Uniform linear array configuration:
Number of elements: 4
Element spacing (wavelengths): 0.75
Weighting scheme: kaiser
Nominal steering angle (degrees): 45
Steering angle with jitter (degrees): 45.704
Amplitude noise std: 0.05
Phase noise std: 0.05

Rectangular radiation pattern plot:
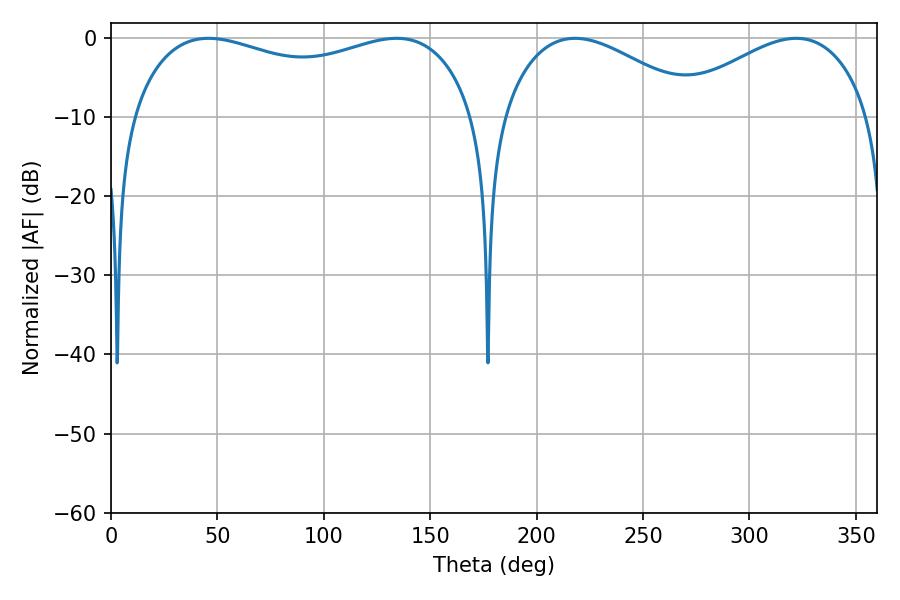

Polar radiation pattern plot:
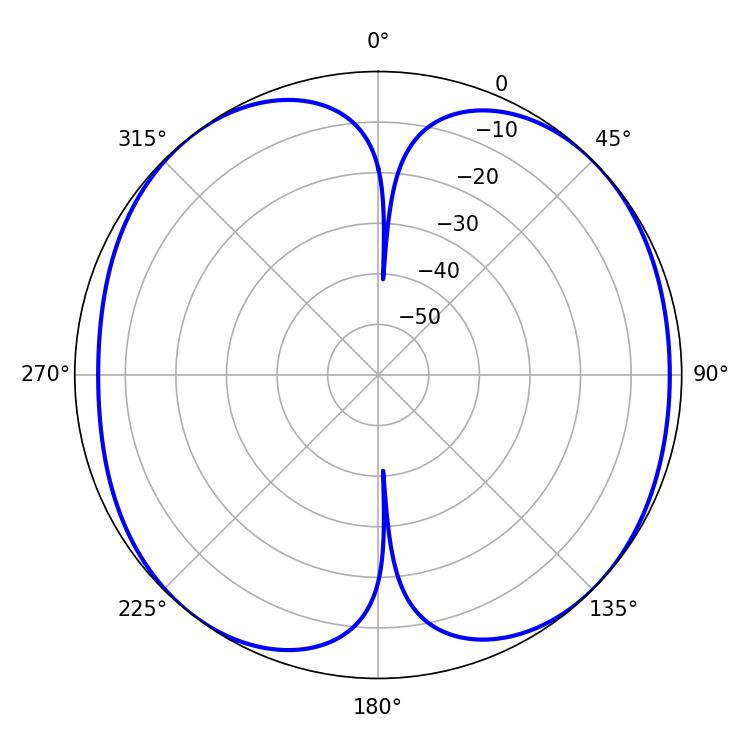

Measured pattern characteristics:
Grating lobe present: TRUE
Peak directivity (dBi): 9.607
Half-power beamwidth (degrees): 51.3
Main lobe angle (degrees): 217.98